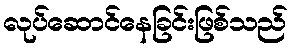
လုပ်ဆောင်နေခြင်းဖြစ်သည်